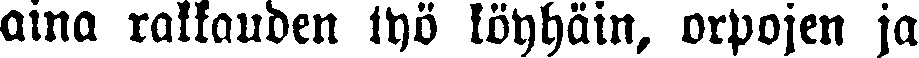
aina rakkauden työ köyhäin, orpojen ja